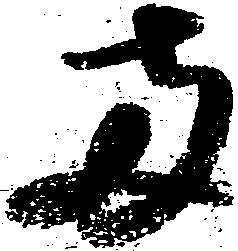
両